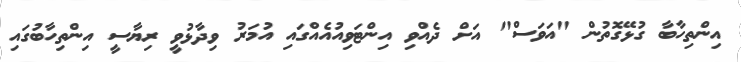
އިންތިހާބާ ގުޅޭގޮތުން "އަވަސް" އަށް ދެއްވި އިންޓަވިއުއެއްގައި އުމަރު ވިދާޅުވީ ރިޔާސީ އިންތިހާބުގައި